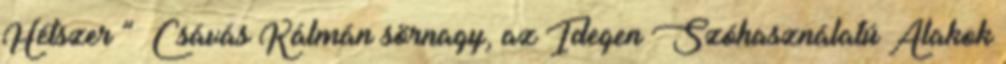
Hétszer ” Csávás Kálmán sörnagy, az Idegen Szóhasználatú Alakok